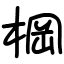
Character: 棡